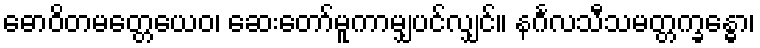
ဓောဝိတမတ္တေယေဝ၊ ဆေးတော်မူကာမျှပင်လျှင်။ နင်္ဂလသီသမတ္တက္ခန္ဓော၊